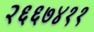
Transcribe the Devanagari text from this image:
२६६७४११